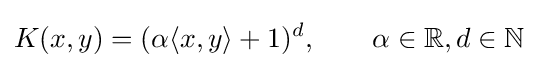
K(x,y)=(\alpha \langle x,y\rangle +1)^{d},\qquad \alpha \in \mathbb {R} ,d\in \mathbb {N}